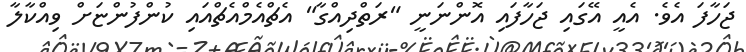
ޖަހާފަ އެވެ. އެއީ އޭގައި ޖަހާފައި އޮންނަނީ "ރަތްދިއްގާ" އެޗްއެމްއެޗްއައި ކުންފުންޏަށް ވިއްކާލާ